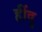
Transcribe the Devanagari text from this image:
हींदु